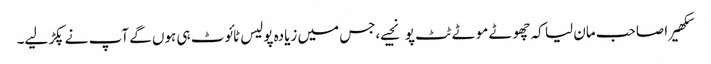
سکھیرا صاحب مان لیا کہ چھوٹے موٹے ٹٹ پو نجیے،جس میں زیادہ پولیس ٹائوٹ ہی ہوں گے آپ نے پکڑ لیے۔